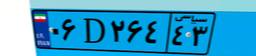
۰۶D۲۶۴۴۳